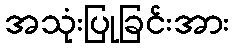
အသုံးပြုခြင်းအား